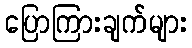
ပြောကြားချက်များ